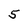
Character: 5